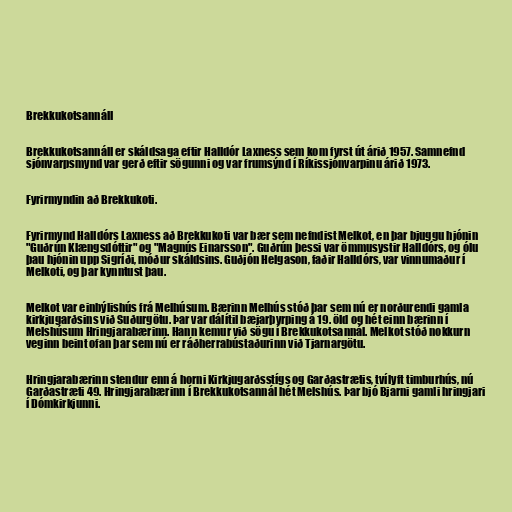
Brekkukotsannáll

Brekkukotsannáll er skáldsaga eftir Halldór Laxness sem kom fyrst út árið 1957. Samnefnd
sjónvarpsmynd var gerð eftir sögunni og var frumsýnd í Ríkissjónvarpinu árið 1973.

Fyrirmyndin að Brekkukoti.

Fyrirmynd Halldórs Laxness að Brekkukoti var bær sem nefndist Melkot, en þar bjuggu hjónin
"Guðrún Klængsdóttir" og "Magnús Einarsson". Guðrún þessi var ömmusystir Halldórs, og ólu
þau hjónin upp Sigríði, móður skáldsins. Guðjón Helgason, faðir Halldórs, var vinnumaður í
Melkoti, og þar kynntust þau.

Melkot var einbýlishús frá Melhúsum. Bærinn Melhús stóð þar sem nú er norðurendi gamla
kirkjugarðsins við Suðurgötu. Þar var dálítil bæjarþyrping á 19. öld og hét einn bærinn í
Melshúsum Hringjarabærinn. Hann kemur við sögu í Brekkukotsannál. Melkot stóð nokkurn
veginn beint ofan þar sem nú er ráðherrabústaðurinn við Tjarnargötu.

Hringjarabærinn stendur enn á horni Kirkjugarðsstígs og Garðastrætis, tvílyft timburhús, nú
Garðastræti 49. Hringjarabærinn í Brekkukotsannál hét Melshús. Þar bjó Bjarni gamli hringjari
í Dómkirkjunni.